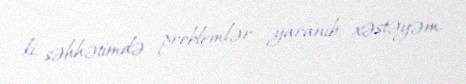
ki, səhhətimdə problemlər yaranıb, xəstəyəm.